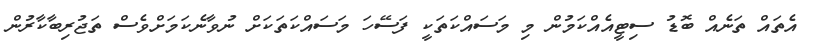
އެތައް ތަނެއް ބޮޑު ސިޓީއެއްކަމުން މި މަސައްކަތަކީ ފަސޭހަ މަސައްކަތަކަށް ނުވާނެކަމަށްވެސް ތަޖުރިބާކާރުން